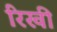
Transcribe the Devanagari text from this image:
रिखी